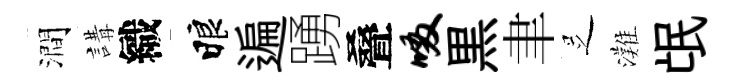
澗講織睱遍踴叠啜黒聿𠯁灘氓